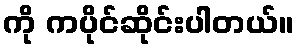
ကို ကပိုင်ဆိုင်းပါတယ်။